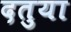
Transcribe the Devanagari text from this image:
दतुया